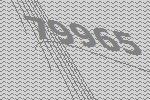
79965